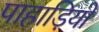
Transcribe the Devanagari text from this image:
पाहाड़ियो